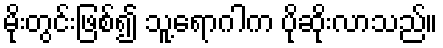
မိုးတွင်းဖြစ်၍ သူ့ရောဂါက ပိုဆိုးလာသည်။